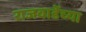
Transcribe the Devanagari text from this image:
राजवाडेंच्या